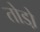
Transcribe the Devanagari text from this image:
तोडो़